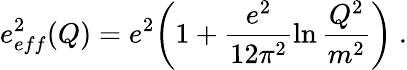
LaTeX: e_{eff}^{2}(Q)=e^{2}\biggl(1+\frac{e^{2}}{12\pi^{2}}\ln\frac{Q^{2}}{m^{2}}\biggr)\ .